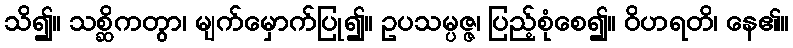
သိ၍။ သစ္ဆိကတွာ၊ မျက်မှောက်ပြု၍။ ဥပသမ္ပဇ္ဇ၊ ပြည့်စုံစေ၍။ ဝိဟရတိ၊ နေ၏။